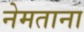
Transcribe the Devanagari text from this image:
नेमताना